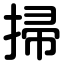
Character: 掃